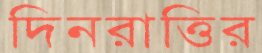
দিনরাত্তির